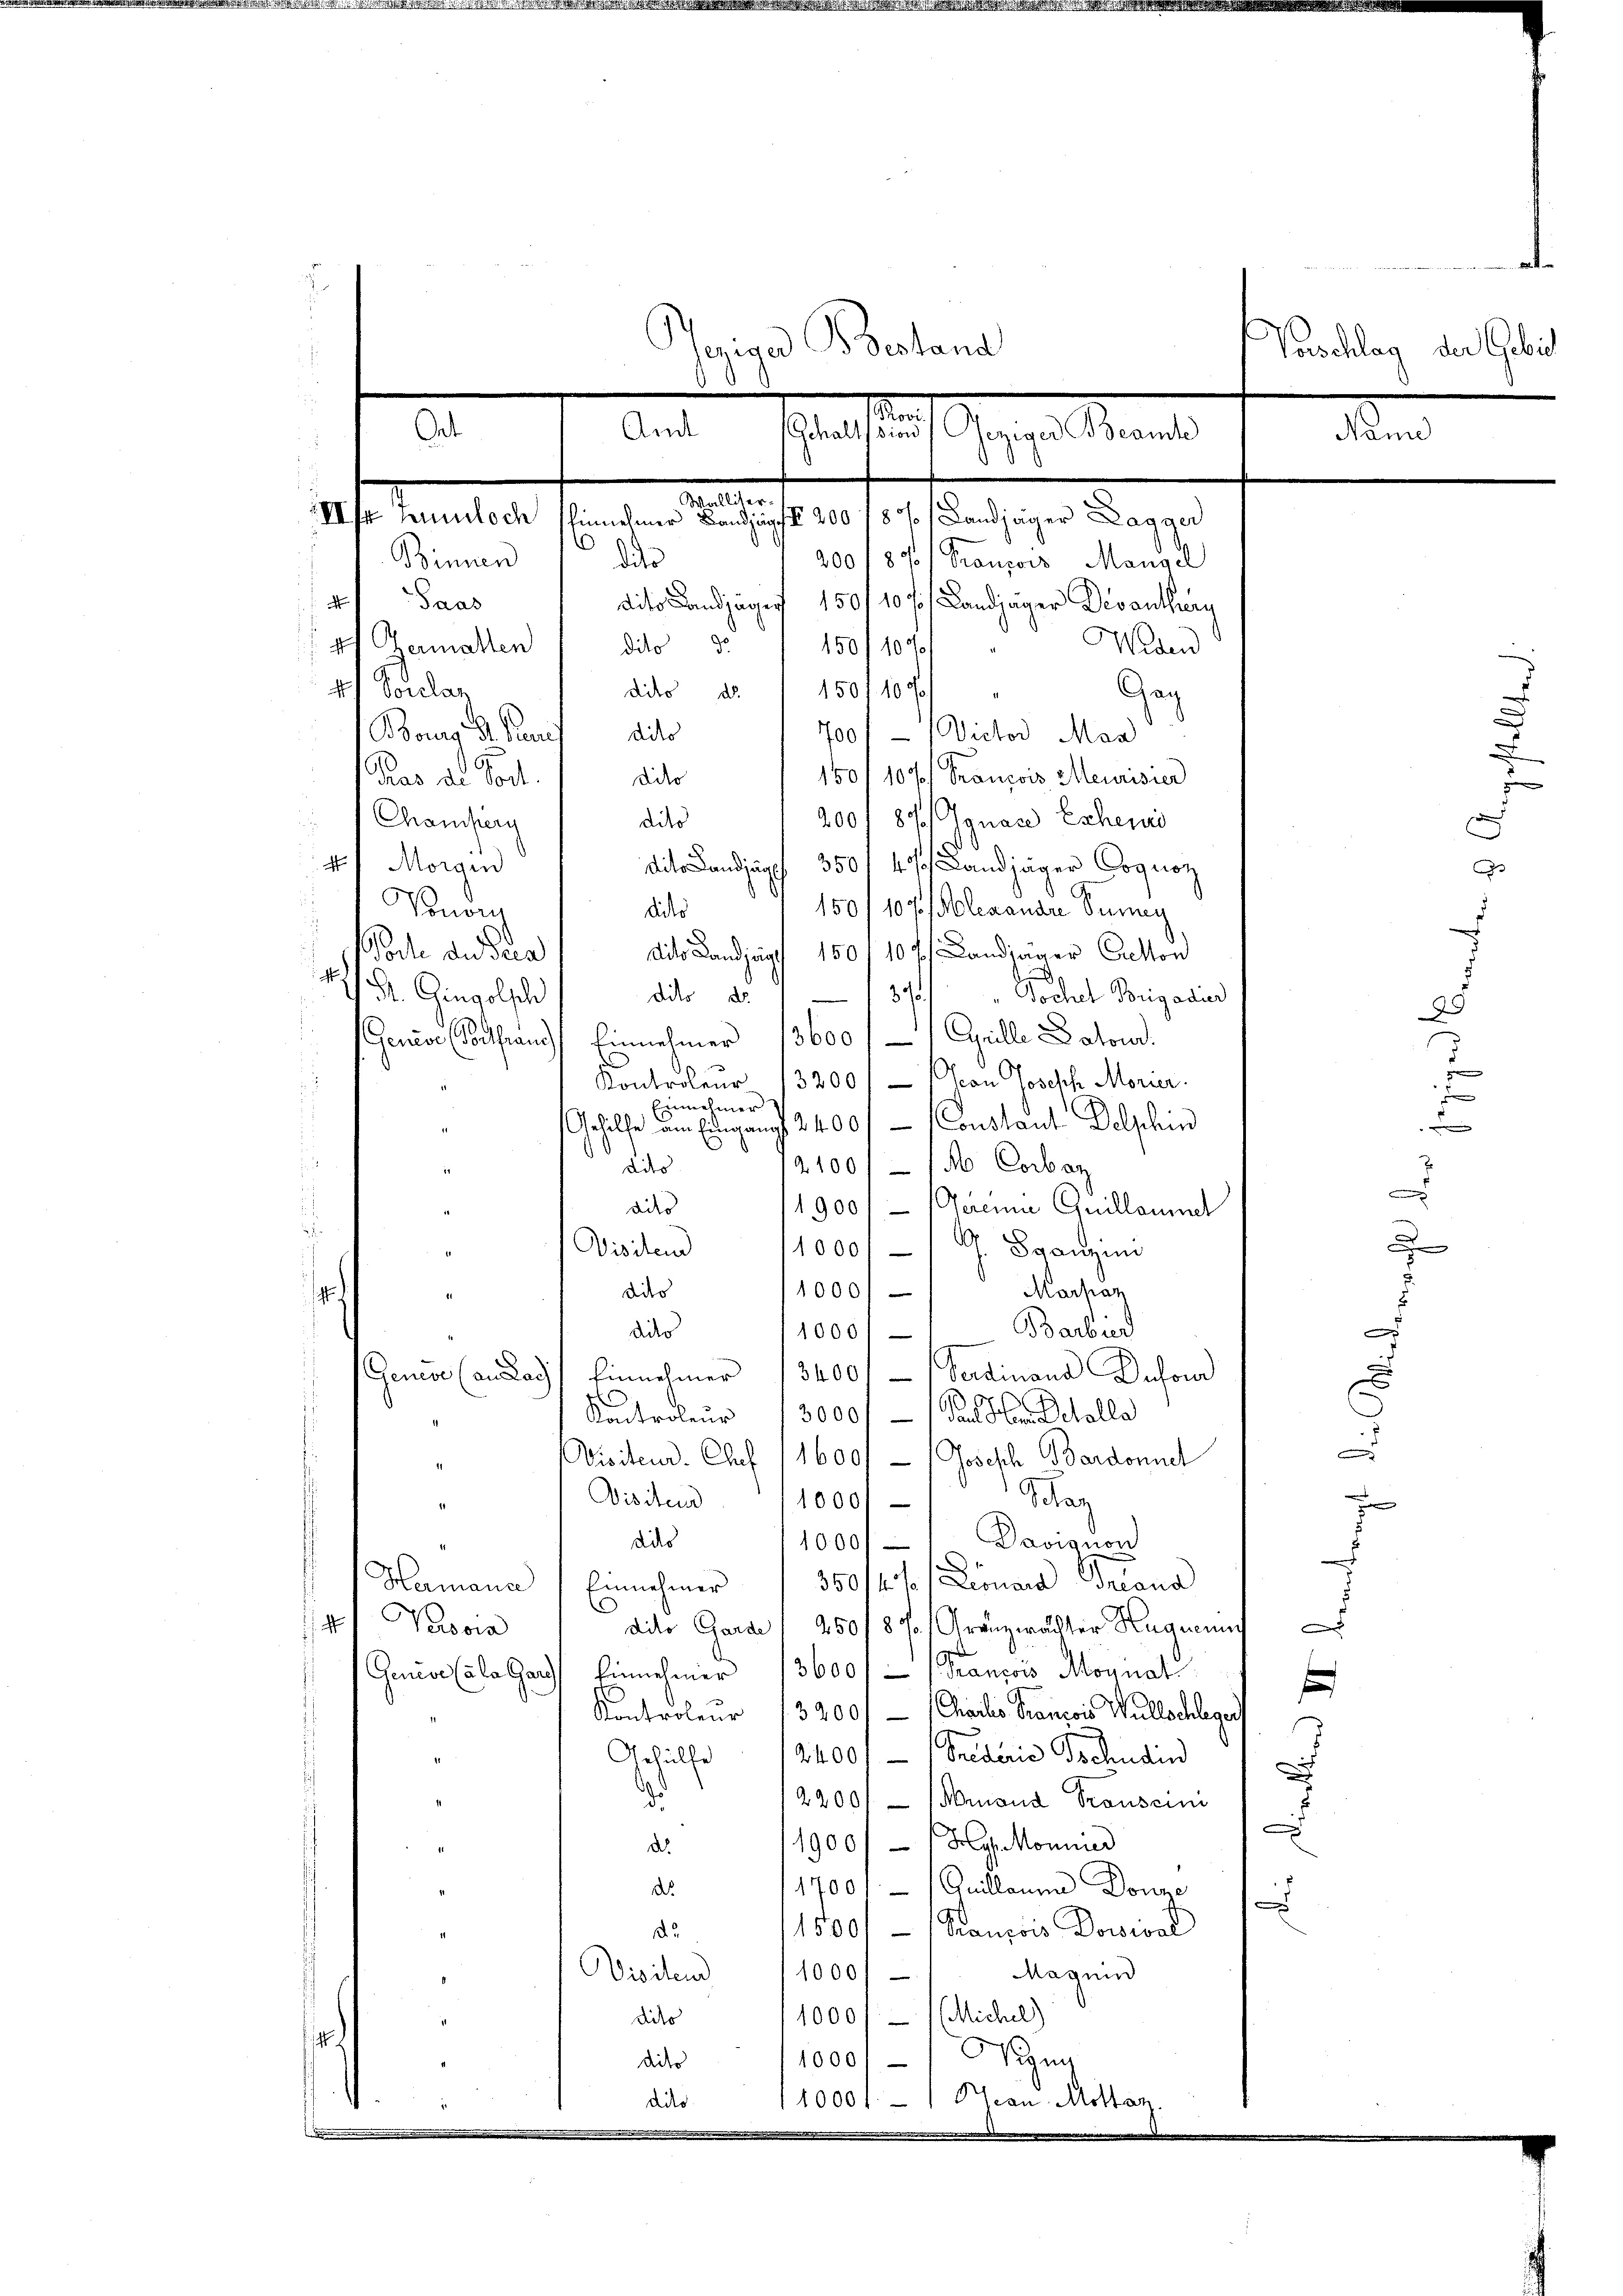
Geige Beland
d
Ant. Sattlich heren Kant
Aad
d
Walliter¬
IIhr Verloch hinnehmer Landjäger 200 18% Landjäger Lagger
.
Binnen
dder
200 f 87 / Franzors Mangel
d
a Saus
dito Landjäger 150, 10 ff. Landjäger Devantherg
Widen
4 Vermatten
dito
150/10
e
4. Vorlag
dito de
150 f 100
Gag
700 f - (Victor Mar
Bong d. Kauf die
6
150/107/ François Meurisier
diko
Gras de doch
200/ 87/ Ignare Exheni
Champerg
dito

.

dit Landzupf 35014  Landjäger Cognoz
4f Morgen
Vonoris
150/107 Alexandre Senny
didis
Woche du deca
dito Landjag 150 10 f. Landinger Bretton
1
Str. Gingolsch
Jochel Brigadier
dito No 1370)
e
Gencore Posthaus) Einnehmer 13600/1 Cyrille Datour.
e
Kontroleur 13200/ / Von Joseph Morier.
Einnehmer
Gehilfe am Eidgangs 2400 f - Constant Delphin
2100/14 Corbar
dito
.
diko
1900/ (Gereine Quillaumel
1000// G. Sanzini
Visitend
Marpaz
10001
dider
u
Barbied
x
dider
1000/
Genere (an das Einnehmer 13400. - Verdinand Dufond
d
Kactroleur 3000/1 Pandten detalla
d
Visitend. Chef 11600. - Joseph Bardonnet
47.
Schaz
d
Disiteur
10001
dito
1000, Davignon
J
350/11 Lemand Grand
Hermande Einnehmer
41 Persor
dito Garde 1 250/87 Gränzwachter Hugnen
D
Genere Cala gar Einnehmer 13600/ - (Trancois Monnat
f
Kontroleur (3900.- (Charlis Francois Willschleger
Gehülfe 12400.- (Grederie Schudin
1
u
d
2200 Menoud Fronscini
1900//Hg. Monnier
d.
1
d
1700 Guillauen Donne
x
1500 — 1 Orancois Dowsival
.
Magnin
Visitend
1000/
1000/ 1 Michel)
dito
1
1000, Vizug
dietr
11000 f. - Stran. Mottan
dio
d
i

An

J

Vorschlag der Gebie

d
7
e
e
.

walt in